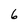
Character: 6